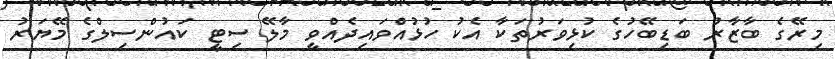
މިރޭގެ ބާޒާރު ބަޑިބޭހުގެ ކުޅިވަރުތަކާ އެކު ހުޅުއްވައިދެއްވީ މާލޭ ސިޓީ ކައުންސިލްގެ މޭޔަރު